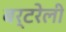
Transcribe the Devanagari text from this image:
बर्टरेली